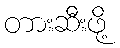
တားဆီးဖို့